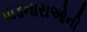
પાડનારાઓની